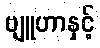
ဗျူဟာနှင့်